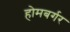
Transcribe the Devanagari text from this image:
होमबर्गर